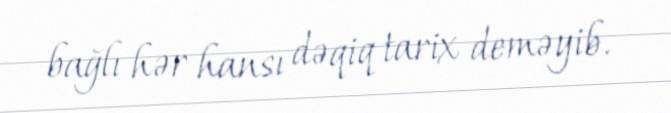
bağlı hər hansı dəqiq tarix deməyib.